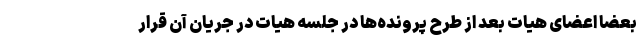
بعضا اعضای هیات بعد از طرح پرونده‌ها در جلسه هیات در جریان آن قرار